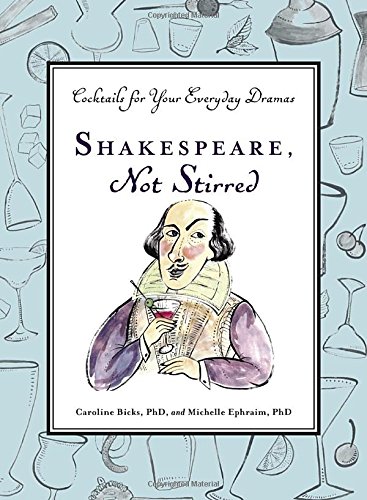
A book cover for Shakespeare, Not Stirred: Cocktails for Your Everyday Dramas; Caroline Bicks; Comics & Graphic Novels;